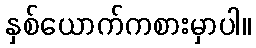
နှစ်ယောက်ကစားမှာပါ။